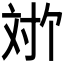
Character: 𫴬